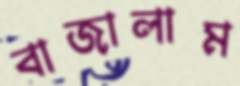
বাজালাম